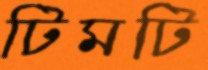
টিমটি